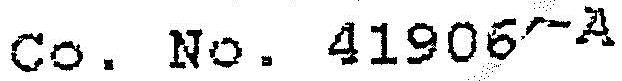
CO. NO. 41906-A